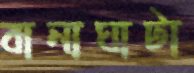
বানাঘাটা